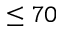
\le 7 0